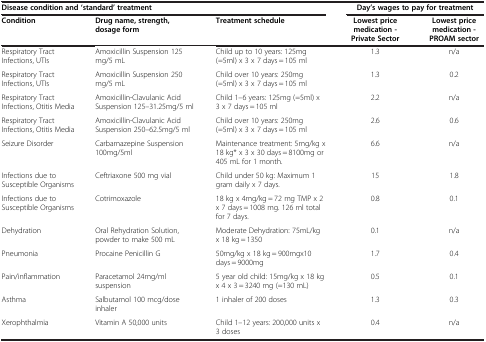
<table><thead><tr><td colspan="3"><b>Disease condition and ‘standard’ treatment</b></td><td colspan="2"><b>Day’s wages to pay for treatment</b></td></tr><tr><td><b>Condition</b></td><td><b>Drug name, strength, dosage form</b></td><td><b>Treatment schedule</b></td><td><b>Lowest price medication - Private Sector</b></td><td><b>Lowest price medication - PROAM sector</b></td></tr></thead><tbody><tr><td>Respiratory Tract Infections, UTIs</td><td>Amoxicillin Suspension 125 mg/5 mL</td><td>Child up to 10 years: 125mg (=5ml) x 3 x 7 days = 105 ml</td><td>1.3</td><td>n/a</td></tr><tr><td>Respiratory Tract Infections, UTIs</td><td>Amoxicillin Suspension 250 mg/5 mL</td><td>Child over 10 years: 250mg (=5ml) x 3 x 7 days = 105 ml</td><td>1.3</td><td>0.2</td></tr><tr><td>Respiratory Tract Infections, Otitis Media</td><td>Amoxicillin-Clavulanic Acid Suspension 125–31.25mg/5 ml</td><td>Child 1–6 years: 125mg (=5ml) x 3 x 7 days = 105 ml</td><td>2.2</td><td>n/a</td></tr><tr><td>Respiratory Tract Infections, Otitis Media</td><td>Amoxicillin-Clavulanic Acid Suspension 250–62.5mg/5 ml</td><td>Child over 10 years: 250mg (=5ml) x 3 x 7 days = 105 ml</td><td>2.6</td><td>0.6</td></tr><tr><td>Seizure Disorder</td><td>Carbamazepine Suspension 100mg/5ml</td><td>Maintenance treatment: 5mg/kg x 18 kg* x 3 x 30 days = 8100mg or 405 mL for 1 month.</td><td>6.6</td><td>n/a</td></tr><tr><td>Infections due to Susceptible Organisms</td><td>Ceftriaxone 500 mg vial</td><td>Child under 50 kg: Maximum 1 gram daily x 7 days.</td><td>15</td><td>1.8</td></tr><tr><td>Infections due to Susceptible Organisms</td><td>Cotrimoxazole</td><td>18 kg x 4mg/kg = 72 mg TMP x 2 x 7 days = 1008 mg. 126 ml total for 7 days.</td><td>0.8</td><td>0.1</td></tr><tr><td>Dehydration</td><td>Oral Rehydration Solution, powder to make 500 mL</td><td>Moderate Dehydration: 75mL/kg x 18 kg = 1350</td><td>0.1</td><td>n/a</td></tr><tr><td>Pneumonia</td><td>Procaine Penicillin G</td><td>50mg/kg x 18 kg = 900mgx10 days = 9000mg</td><td>1.7</td><td>0.4</td></tr><tr><td>Pain/inflammation</td><td>Paracetamol 24mg/ml suspension</td><td>5 year old child: 15mg/kg x 18 kg x 4 x 3 = 3240 mg (=130 mL)</td><td>0.5</td><td>0.1</td></tr><tr><td>Asthma</td><td>Salbutamol 100 mcg/dose inhaler</td><td>1 inhaler of 200 doses</td><td>1.3</td><td>0.3</td></tr><tr><td>Xerophthalmia</td><td>Vitamin A 50,000 units</td><td>Child 1–12 years: 200,000 units x 3 doses</td><td>0.4</td><td>n/a</td></tr></tbody></table>